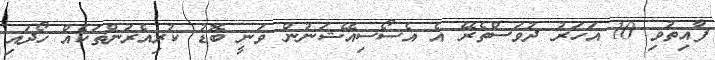
ފާއިތުވި 10 އަހަރު ދުވަސްތެރޭ އެ އެސޯސިއޭޝަނުން ވަނީ ބޮޑު ކުރިއެރުންތަކެއް ހޯދައި